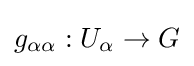
g_{\alpha \alpha }:U_{\alpha }\to G